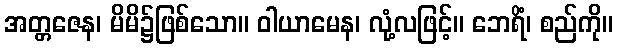
အတ္တဇေန၊ မိမိ၌ဖြစ်သော။ ဝါယာမေန၊ လုံ့လဖြင့်။ ဘေရိံ၊ စည်ကို။